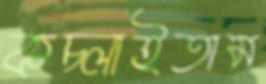
কচ্‌লাইতাম